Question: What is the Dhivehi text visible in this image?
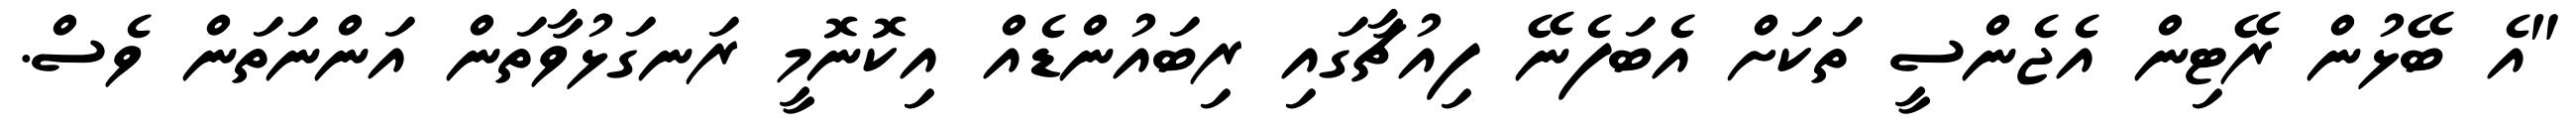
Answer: "އެ ބޭޅުން ރޭޓިން އެޖެންސީ ތަކަށް އެބަފެނޭ ފިއުޗާގައި ރިބައުންޑެއް އިކޮނޮމީ ރަނގަޅުވާތަން އަންނަތަން ވެސް.